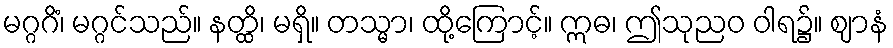
မဂ္ဂဂိံ၊ မဂ္ဂင်သည်။ နတ္ထိ၊ မရှိ။ တသ္မာ၊ ထို့ကြောင့်။ ဣဓ၊ ဤသုညဝ ဝါရ၌။ ဈာနံ